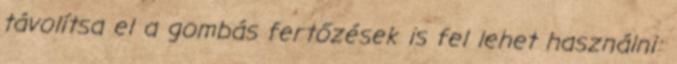
távolítsa el a gombás fertőzések is fel lehet használni: